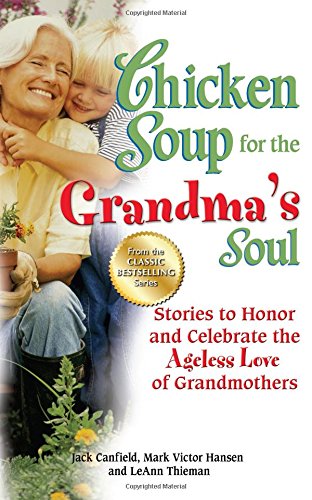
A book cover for Chicken Soup for the Grandma's Soul: Stories to Honor and Celebrate the Ageless Love of Grandmothers (Chicken Soup for the Soul); Jack Canfield; Parenting & Relationships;